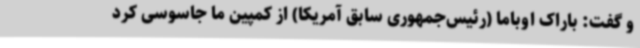
و گفت: باراک اوباما (رئیس‌جمهوری سابق آمریکا) از کمپین ما جاسوسی کرد